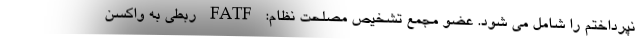
نپرداختم را شامل می شود. عضو مجمع تشخیص مصلحت نظام: FATF ربطی به واکسن